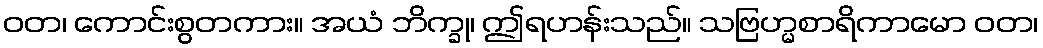
ဝတ၊ ကောင်းစွတကား။ အယံ ဘိက္ခု၊ ဤရဟန်းသည်။ သဗြဟ္မစာရိကာမော ဝတ၊